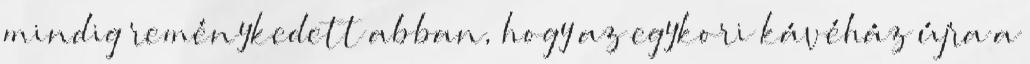
mindig reménykedett abban, hogy az egykori kávéház újra a